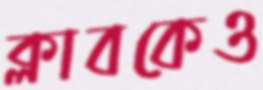
ক্লাবকেও